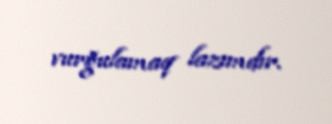
vurğulamaq lazımdır.